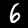
Label: 6